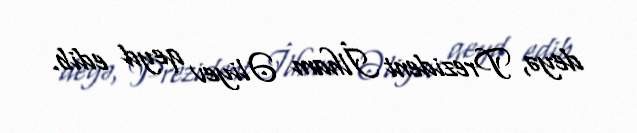
deyə, Prezident İlham Əliyev qeyd edib.